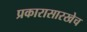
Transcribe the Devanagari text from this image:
प्रकारासारखेच